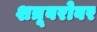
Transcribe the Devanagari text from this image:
शत्रूबरोबर